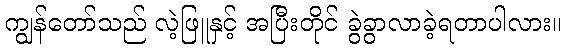
ကျွန်တော်သည် လဲ့ဖြူနှင့် အပြီးတိုင် ခွဲခွာလာခဲ့ရတာပါလား။